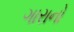
ગારાનો